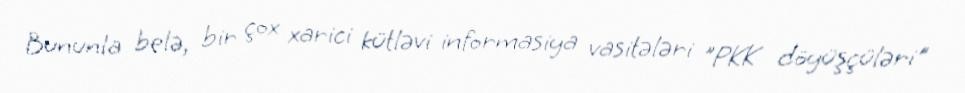
Bununla belə, bir çox xarici kütləvi informasiya vasitələri "PKK döyüşçüləri"